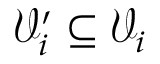
\mathcal { V } _ { i } ^ { \prime } \subseteq \mathcal { V } _ { i }